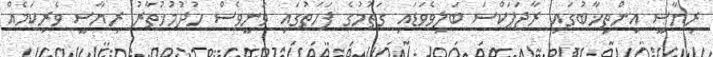
ރިޔާސީ އިންތިޚާބުގައި ރާޖަޕަކްސަ ބަލިވެވަޑައި ގަތުމުގެ ފަހަތުގައި ވަނީވެސް ހުދުމުޚުތާރު ރިޔާސީ ވެރިކަމެއް